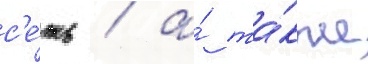
с'е́ть / а́ та́кже